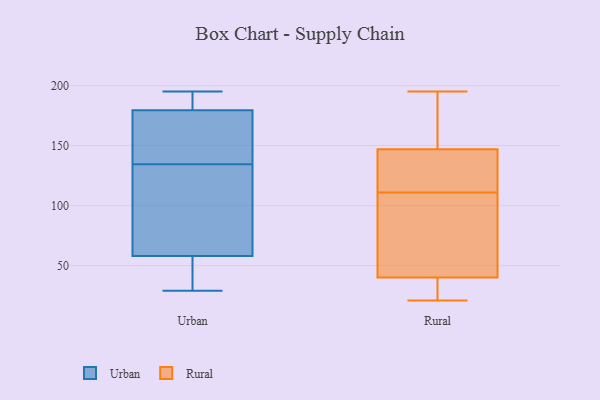
{"axis": {"x": "Headcount", "y": "Value"}, "legend": ["Rural", "Urban"], "data": [{"x": "", "y": 29, "type": "Urban"}, {"x": "", "y": 156, "type": "Urban"}, {"x": "", "y": 180, "type": "Urban"}, {"x": "", "y": 143, "type": "Urban"}, {"x": "", "y": 36, "type": "Urban"}, {"x": "", "y": 190, "type": "Urban"}, {"x": "", "y": 183, "type": "Urban"}, {"x": "", "y": 50, "type": "Urban"}, {"x": "", "y": 195, "type": "Urban"}, {"x": "", "y": 78, "type": "Urban"}, {"x": "", "y": 179, "type": "Urban"}, {"x": "", "y": 76, "type": "Urban"}, {"x": "", "y": 41, "type": "Urban"}, {"x": "", "y": 135, "type": "Urban"}, {"x": "", "y": 66, "type": "Urban"}, {"x": "", "y": 134, "type": "Urban"}, {"x": "", "y": 147, "type": "Rural"}, {"x": "", "y": 50, "type": "Rural"}, {"x": "", "y": 41, "type": "Rural"}, {"x": "", "y": 37, "type": "Rural"}, {"x": "", "y": 21, "type": "Rural"}, {"x": "", "y": 120, "type": "Rural"}, {"x": "", "y": 188, "type": "Rural"}, {"x": "", "y": 111, "type": "Rural"}, {"x": "", "y": 195, "type": "Rural"}, {"x": "", "y": 122, "type": "Rural"}, {"x": "", "y": 25, "type": "Rural"}, {"x": "", "y": 62, "type": "Rural"}, {"x": "", "y": 147, "type": "Rural"}]}